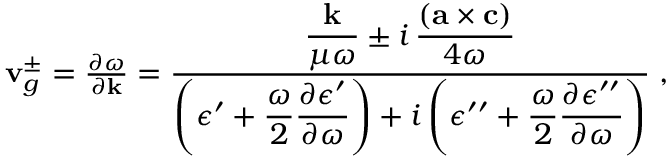
\begin{array} { r } { { \bf v } _ { g } ^ { \pm } = \frac { \partial \omega } { \partial { \bf k } } = \frac { \displaystyle \frac { { \bf k } } { \mu \omega } \pm i \, \frac { ( { \bf a \times c } ) } { 4 \omega } } { \displaystyle \left( \epsilon ^ { \prime } + \frac { \omega } { 2 } \frac { \partial \epsilon ^ { \prime } } { \partial \omega } \right) + i \left( \epsilon ^ { \prime \prime } + \frac { \omega } { 2 } \frac { \partial \epsilon ^ { \prime \prime } } { \partial \omega } \right) } \; , } \end{array}